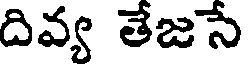
దివ్య తేజసే